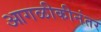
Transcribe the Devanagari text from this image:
आगळीकीनंतर